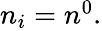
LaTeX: \begin{array}{r}{n_{i}=n^{0}.}\end{array}